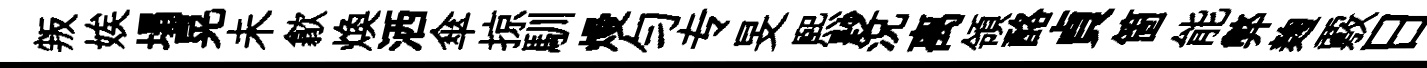
叛娭塌晃未歙焕洒傘掠馴熳勻专旻煕尟況离領酪貞箇能弊麹覈日